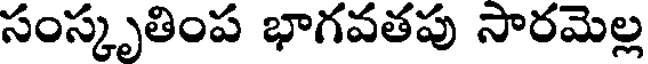
సంస్కృతింప భాగవతపు సారమెల్ల